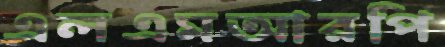
এলএমআরপি